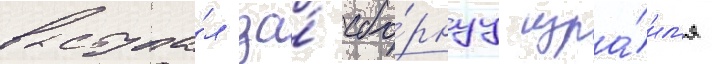
выступа́л за́ сбо́рнуу изра́ил'я